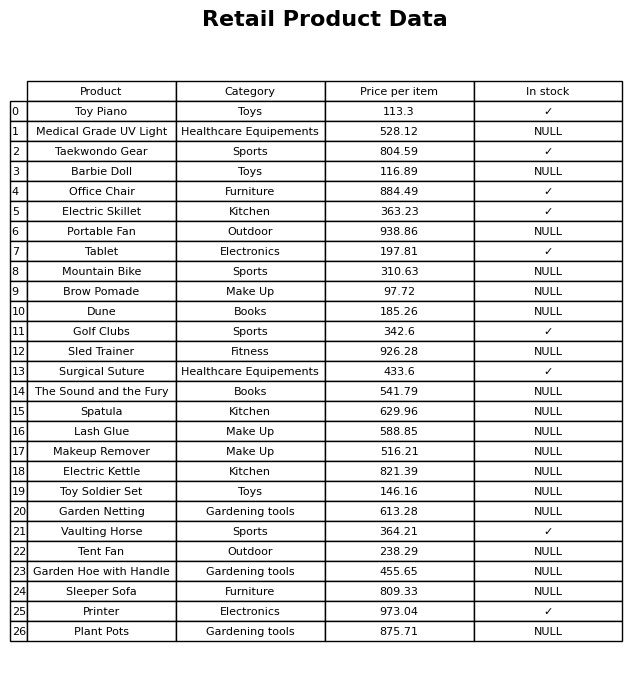
question: What is the stock status of the Sleeper Sofa?
answer: NULL